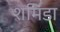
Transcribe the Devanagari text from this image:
शमिंडा